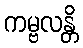
ကမ္ဗလန္တိ